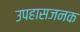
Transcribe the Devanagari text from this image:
उपहासजनक